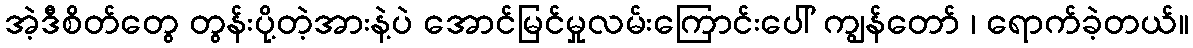
အဲ့ဒီစိတ်တွေ တွန်းပို့တဲ့အားနဲ့ပဲ အောင်မြင်မှုလမ်းကြောင်းပေါ် ကျွန်တော် ၊ ရောက်ခဲ့တယ်။